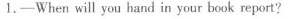
1.-When will you hand in your book report?